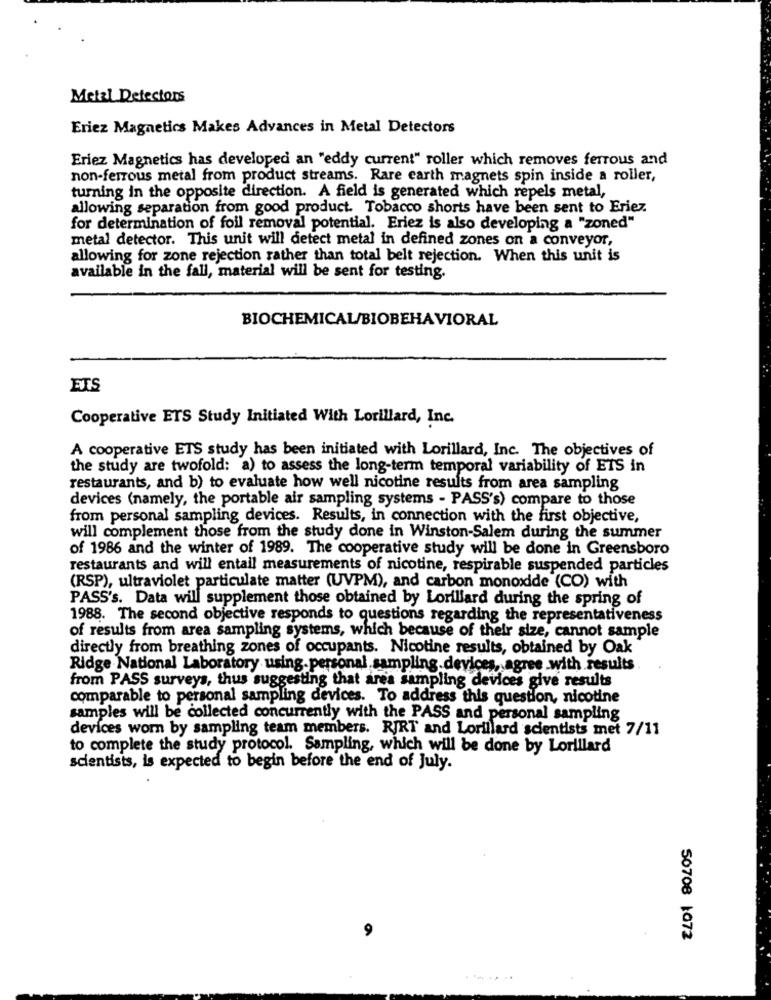
Metal Detectors
Eriez Magnetics Makes Advances in Metal Detectors
Eriez Magnetics has developed an "eddy current" roller which removes ferrous and
non-ferrous metal from product streams. Rare earth magnets spin inside a roller,
turning in the opposite direction. A field is generated which repels metal,
allowing separation from good product. Tobacco shorts have been sent to Eriez.
for determination of foil removal potential. Eriez is also developing a "zoned"
metal detector. This unit will detect metal in defined zones on a conveyor,
allowing for zone rejection rather than total belt rejection. When this unit is
available in the fall, material will be sent for testing.
BIOCHEMICAL/BIOBEHAVIORAL
ETS
Cooperative ETS Study Initiated With Lorillard, Inc.
A cooperative ETS study has been initiated with Lorillard, Inc. The objectives of
the study are twofold: a) to assess the long-term temporal variability of ETS in
restaurants, and b) to evaluate how well nicotine results from area sampling
devices (namely, the portable air sampling systems - PASS's) compare to those
from personal sampling devices. Results, in connection with the first objective,
will complement those from the study done in Winston-Salem during the summer
of 1986 and the winter of 1989. The cooperative study will be done in Greensboro
restaurants and will entail measurements of nicotine, respirable suspended particles
(RSP), ultraviolet particulate matter (UVPM), and carbon monoxide (CO) with
PASS's. Data will supplement those obtained by Lorillard during the spring of
1988. The second objective responds to questions regarding the representativeness
of results from area sampling systems, which because of their size, cannot sample
directly from breathing zones of occupants. Nicotine results, obtained by Oak
Ridge National Laboratory using.personal sampling devices, agree with results
from PASS surveys, thus suggesting that area sampling devices give results
comparable to personal sampling devices. To address this question, nicotine
samples will be collected concurrently with the PASS and personal sampling
devices worn by sampling team members. RJRT and Lorillard scientists met 7/11
to complete the study protocol. Sampling, which will be done by Lorillard
scientists, is expected to begin before the end of July.
50708 1072